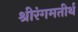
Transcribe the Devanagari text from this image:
श्रीरंगमतीर्थ